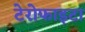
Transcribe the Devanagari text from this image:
टेरोफाइटा